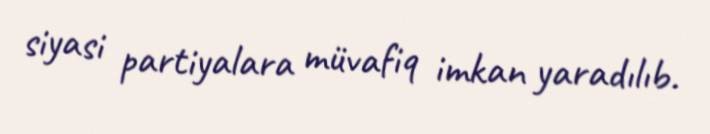
siyasi partiyalara müvafiq imkan yaradılıb.